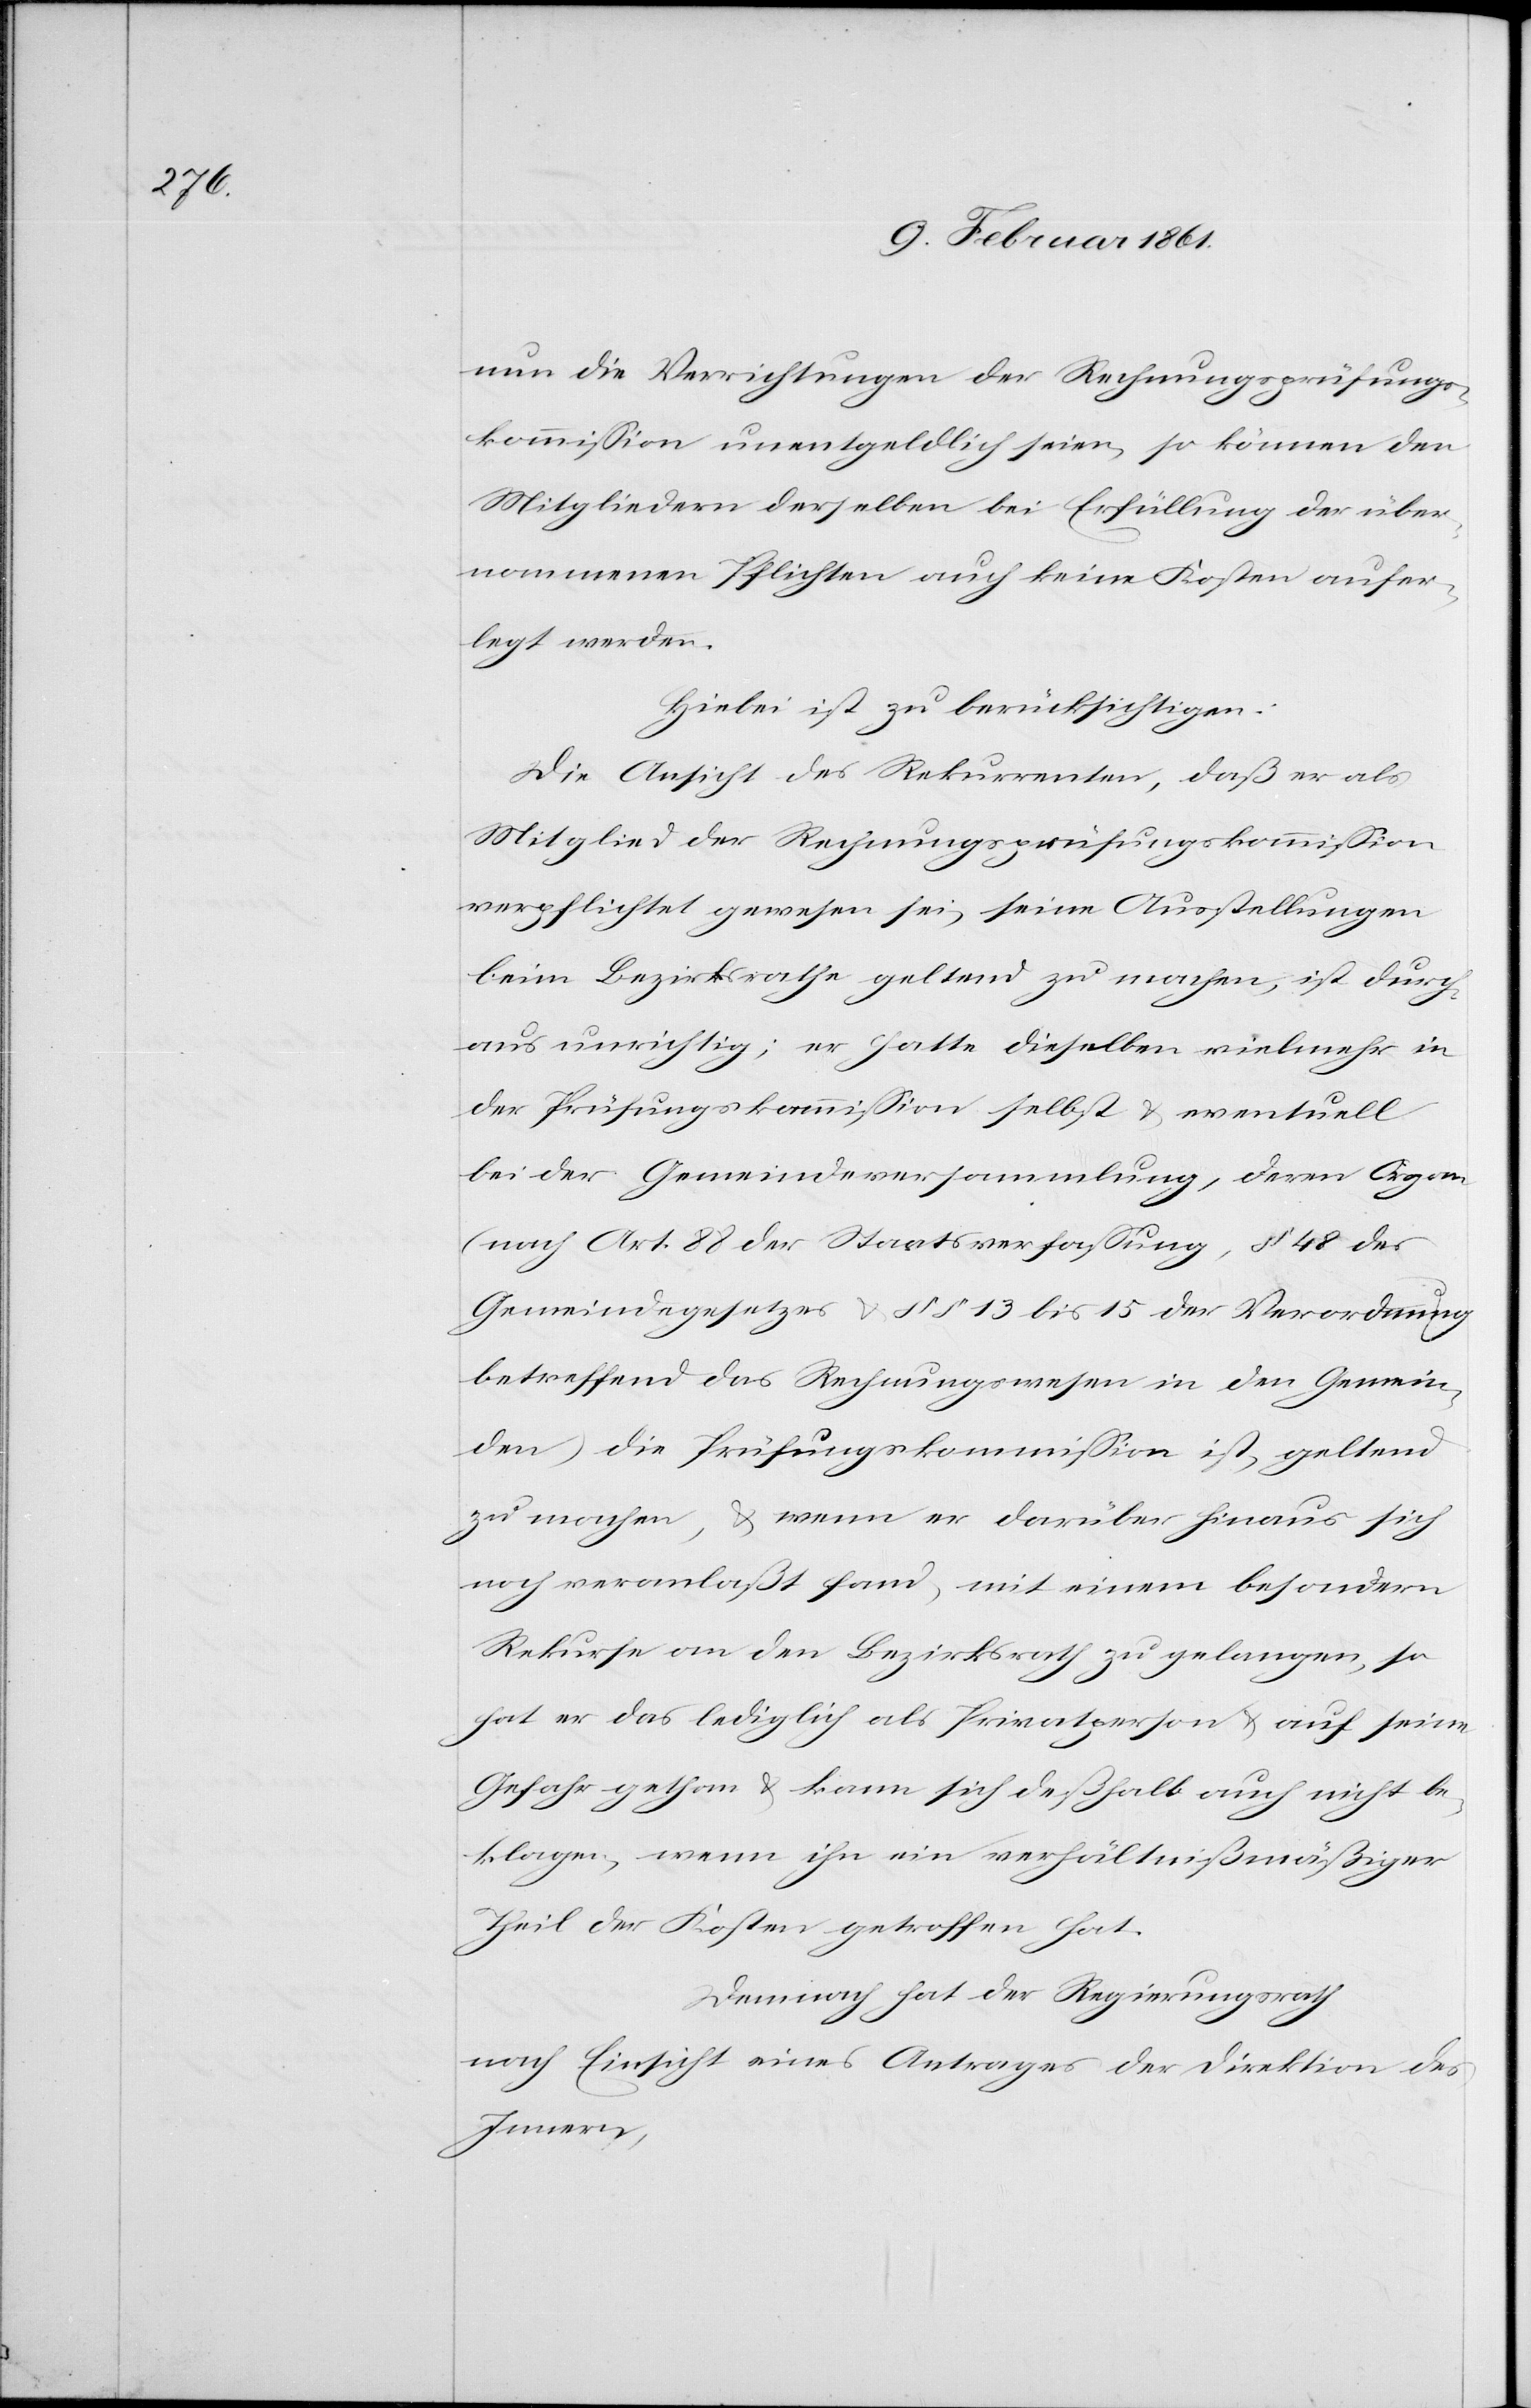
nun die Verrichtungen der Rechnungsprüfungs¬
kommission unentgeldlich seien, so können den
Mitgliedern derselben bei Erfüllung der über¬
nommenen Pflichten auch keine Kosten aufer¬
legt werden.
Hiebei ist zu berücksichtigen:
Die Ansicht des Rekurrenten, daß er als
Mitglied der Rechnungsprüfungskommission
verpflichtet gewesen sei, seine Ausstellungen
beim Bezirksrathe geltend zu machen, ist durch¬
aus unrichtig; er hatte dieselben vielmehr in
der Prüfungskommission selbst u. eventuell
bei der Gemeindeversammlung, deren Organ
(nach Art. 88 der Staatsverfassung, § 48 des
Gemeindegesetzes u. §§ 13 bis 15 der Verordnung
betreffend das Rechnungswesen in den Gemein¬
den) die Prüfungskommission ist, geltend
zu machen, u. wenn er darüber hinaus sich
noch veranlaßt fand, mit einem besondern
Rekurse an den Bezirksrath zu gelangen, so
hat er das lediglich als Privatperson u. auf seine
Gefahr gethan u. kann sich deßhalb auch nicht be¬
klagen, wenn ihn ein verhältnißmäßiger
Theil der Kosten getroffen hat.
Demnach hat der Regierungsrath
nach Einsicht eines Antrages der Direktion des
Innern,